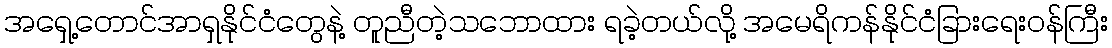
အရှေ့တောင်အာရှနိုင်ငံတွေနဲ့ တူညီတဲ့သဘောထား ရခဲ့တယ်လို့ အမေရိကန်နိုင်ငံခြားရေးဝန်ကြီး